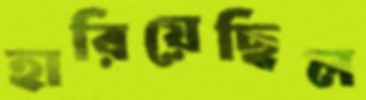
হারিয়েছিল